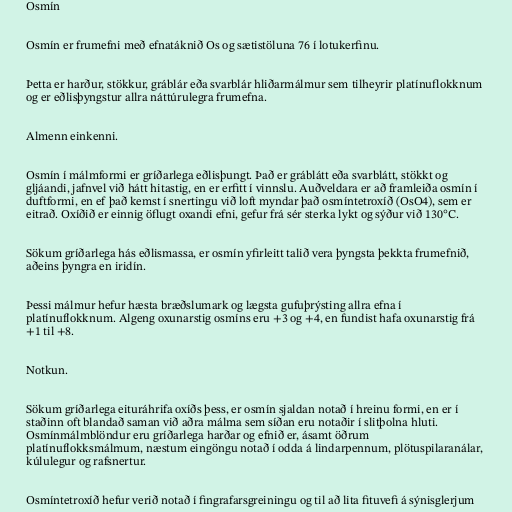
Osmín

Osmín er frumefni með efnatáknið Os og sætistöluna 76 í lotukerfinu.

Þetta er harður, stökkur, gráblár eða svarblár hliðarmálmur sem tilheyrir platínuflokknum
og er eðlisþyngstur allra náttúrulegra frumefna.

Almenn einkenni.

Osmín í málmformi er gríðarlega eðlisþungt. Það er gráblátt eða svarblátt, stökkt og
gljáandi, jafnvel við hátt hitastig, en er erfitt í vinnslu. Auðveldara er að framleiða osmín í
duftformi, en ef það kemst í snertingu við loft myndar það osmíntetroxíð (OsO4), sem er
eitrað. Oxíðið er einnig öflugt oxandi efni, gefur frá sér sterka lykt og sýður við 130°C.

Sökum gríðarlega hás eðlismassa, er osmín yfirleitt talið vera þyngsta þekkta frumefnið,
aðeins þyngra en iridín.

Þessi málmur hefur hæsta bræðslumark og lægsta gufuþrýsting allra efna í
platínuflokknum. Algeng oxunarstig osmíns eru +3 og +4, en fundist hafa oxunarstig frá
+1 til +8.

Notkun.

Sökum gríðarlega eituráhrifa oxíðs þess, er osmín sjaldan notað í hreinu formi, en er í
staðinn oft blandað saman við aðra málma sem síðan eru notaðir í slitþolna hluti.
Osmínmálmblöndur eru gríðarlega harðar og efnið er, ásamt öðrum
platínuflokksmálmum, næstum eingöngu notað í odda á lindarpennum, plötuspilaranálar,
kúlulegur og rafsnertur.

Osmíntetroxíð hefur verið notað í fingrafarsgreiningu og til að lita fituvefi á sýnisglerjum